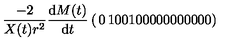
\frac { - 2 } { X ( t ) r ^ { 2 } } \frac { \mathrm { d } M ( t ) } { \mathrm { d } t } \left( \begin{matrix} { 0 } & { 1 } & { 0 } & { 0 } \\ { 1 } & { 0 } & { 0 } & { 0 } \\ { 0 } & { 0 } & { 0 } & { 0 } \\ { 0 } & { 0 } & { 0 } & { 0 } \\ \end{matrix} \right)